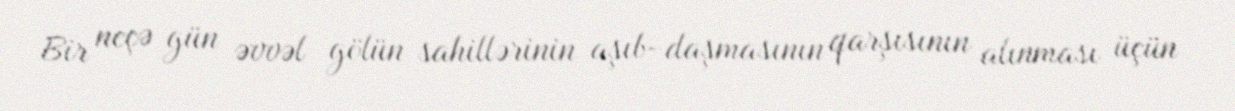
Bir neçə gün əvvəl gölün sahillərinin aşıb-daşmasının qarşısının alınması üçün